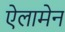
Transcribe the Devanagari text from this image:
ऐलामेन